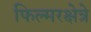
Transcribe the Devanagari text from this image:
फिल्मरक्षेत्रे